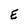
Character: E